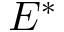
E ^ { * }